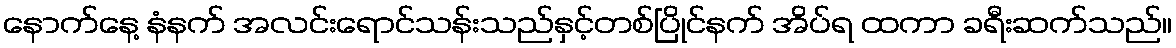
နောက်နေ့ နံနက် အလင်းရောင်သန်းသည်နှင့်တစ်ပြိုင်နက် အိပ်ရ ထကာ ခရီးဆက်သည်။